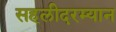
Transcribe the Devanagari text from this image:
सहलीदरम्यान